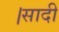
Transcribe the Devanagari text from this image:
।सादी